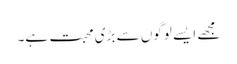
مجھے ایسے لوگوں سے بڑی محبت ہے۔